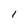
Character: i